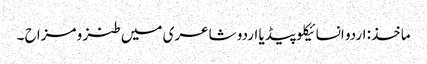
ماخذ: اردو انسائیکلو پیڈیا	اردو شاعری میں طنز و مزاح ۔